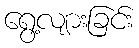
ရွေ့လျားခြင်း